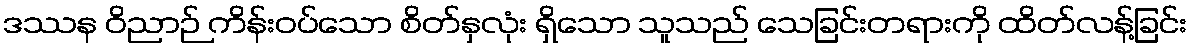
ဒဿန ဝိညာဉ် ကိန်းဝပ်သော စိတ်နှလုံး ရှိသော သူသည် သေခြင်းတရားကို ထိတ်လန့်ခြင်း